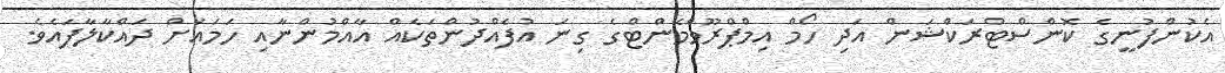
އެކުންފުނީގެ ކޮންސްޓްރަކްޝަން އަދި ހޯމް އިމްޕްރޫވްމެންޓްގެ ގިނަ އުފެއްދުންތަކެއް އާއްމުންނާއި ހަމައަށް ދައްކާލާފައެވެ.